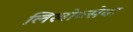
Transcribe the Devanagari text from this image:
लिखोव्त्सेवा